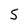
Character: S